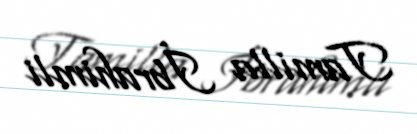
Tamilla İbrahimli